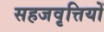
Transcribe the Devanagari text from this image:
सहजवृत्तियों